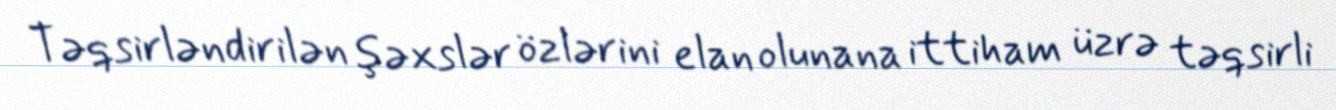
Təqsirləndirilən şəxslər özlərini elan olunana ittiham üzrə təqsirli